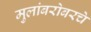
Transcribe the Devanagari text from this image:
मुलांबरोबरचे